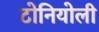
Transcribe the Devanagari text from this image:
टोनियोली